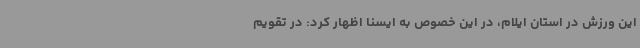
این ورزش در استان ایلام، در این خصوص به ایسنا اظهار کرد: در تقویم